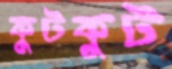
কুটকুট